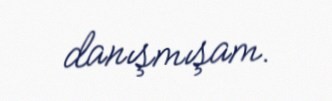
danışmışam.